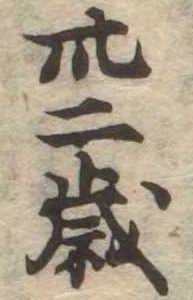
卅二歳